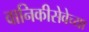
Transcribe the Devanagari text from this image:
वानिकीसेवेच्या